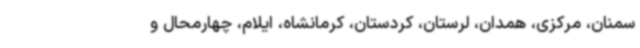
سمنان، مرکزی، همدان، لرستان، کردستان، کرمانشاه، ایلام، چهارمحال و